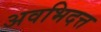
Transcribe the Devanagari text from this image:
अवभिदत्त